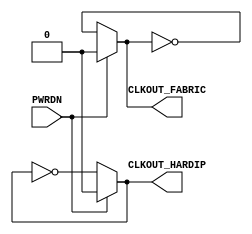
module GP_RCOSC(input PWRDN, output reg CLKOUT_HARDIP, output reg CLKOUT_FABRIC);
	parameter PWRDN_EN = 0;
	parameter AUTO_PWRDN = 0;
	parameter HARDIP_DIV = 1;
	parameter FABRIC_DIV = 1;
	parameter OSC_FREQ = "25k";
	initial CLKOUT_HARDIP = 0;
	initial CLKOUT_FABRIC = 0;
	always begin
		if(PWRDN) begin
			CLKOUT_HARDIP = 0;
			CLKOUT_FABRIC = 0;
		end
		else begin
			if(OSC_FREQ == "25k") begin
				#20000;
			end
			else begin
				#250;
			end
			CLKOUT_HARDIP = ~CLKOUT_HARDIP;
			CLKOUT_FABRIC = ~CLKOUT_FABRIC;
		end
	end
endmodule